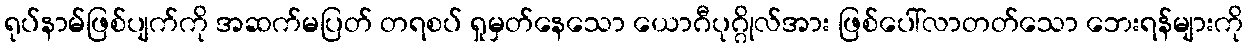
ရုပ်နာမ်ဖြစ်ပျက်ကို အဆက်မပြတ် တရစပ် ရှုမှတ်နေသော ယောဂီပုဂ္ဂိုလ်အား ဖြစ်ပေါ်လာတတ်သော ဘေးရန်များကို